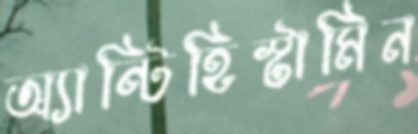
অ্যান্টিহিস্টামিন